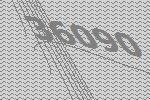
36090